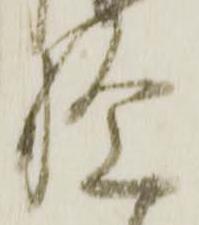
腹